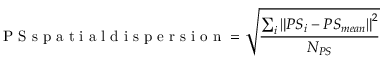
\mathrm { ~ P ~ S ~ s ~ p ~ a ~ t ~ i ~ a ~ l ~ d ~ i ~ s ~ p ~ e ~ r ~ s ~ i ~ o ~ n ~ } = \sqrt { \frac { \sum _ { i } \left\| { P S } _ { i } - { P S } _ { m e a n } \right\| ^ { 2 } } { N _ { P S } } }